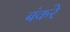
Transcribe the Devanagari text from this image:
बंकरे